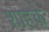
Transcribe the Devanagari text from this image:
शाहके